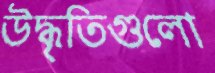
উদ্ধৃতিগুলো